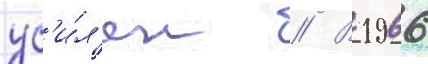
ус'и́л'ен // В 1966